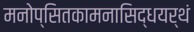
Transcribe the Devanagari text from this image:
मनोप्सितकामनासिद्धयर्थं